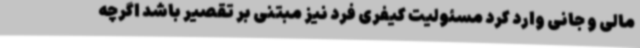
مالی و جانی وارد کرد مسئولیت کیفری فرد نیز مبتنی بر تقصیر باشد اگرچه